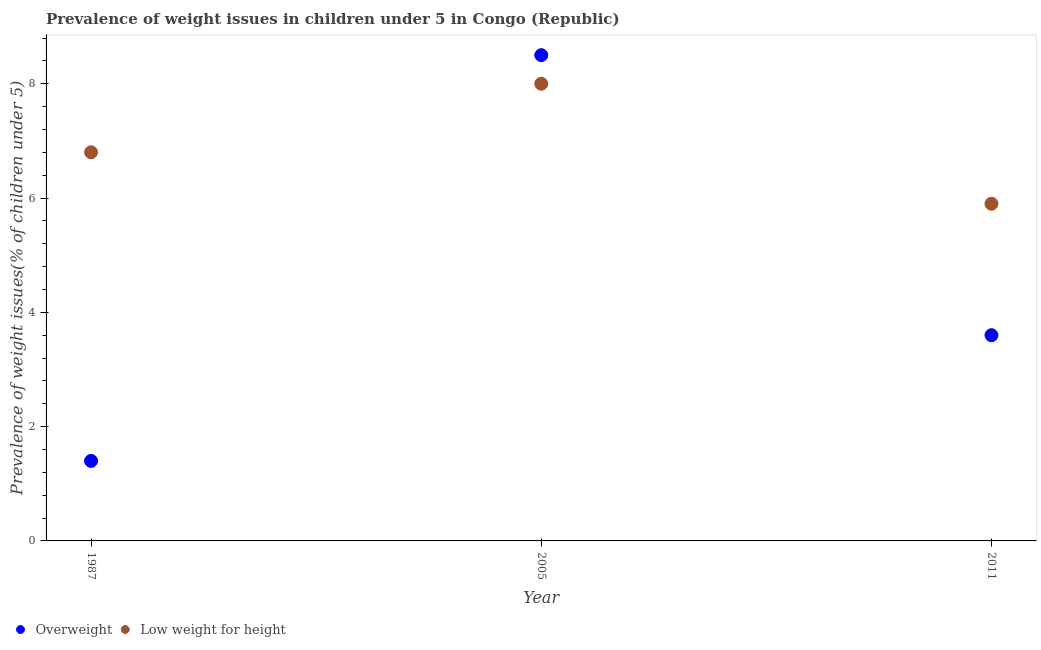
| Year | Overweight | Low weight for height |
 | --- | --- | --- |
 | 1987 | 1.4 | 6.8 |
 | 2005 | 8.5 | 8 |
 | 2011 | 3.6 | 5.9 |